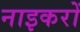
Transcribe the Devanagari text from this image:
नाइकरों